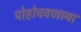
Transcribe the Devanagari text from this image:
पोहोचवणार्‍या